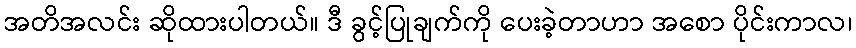
အတိအလင်း ဆိုထားပါတယ်။ ဒီ ခွင့်ပြုချက်ကို ပေးခဲ့တာဟာ အစော ပိုင်းကာလ၊